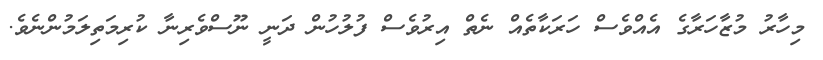
މިހާރު މުޒާހަރާގެ އެއްވެސް ހަރަކާތެއް ނެތް އިރުވެސް ފުލުހުން ދަނީ ނޫސްވެރިނާ ކުރިމަތިލަމުންނެވެ.